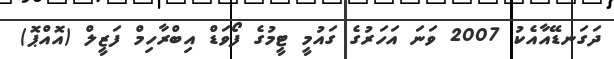
ދަގަނޑޭއާއެކު 2007 ވަނަ އަހަރުގެ ގައުމީ ޓީމުގެ ފޯވަޑް އިބްރާހިމް ފަޒީލް (އޮއްޕޮ)